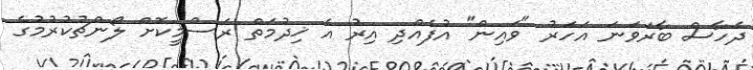
ދެހާސް ބާރަވަނަ އަހަރު "ވައިން" އުފެއްދި އިރު އެ ޚިދުމަތް ރަސްމީކޮށް ލޯންޗުކުރުމުގެ